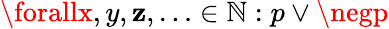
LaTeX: \forallx,y,\mathbf{z},\ldots\in\mathbb{{N}}:p\vee\negp